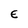
Character: E